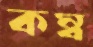
কম্ব